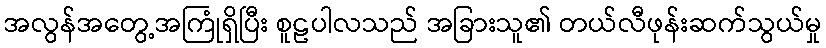
အလွန်အတွေ့အကြုံရှိပြီး စူဠပါလသည် အခြားသူ၏ တယ်လီဖုန်းဆက်သွယ်မှု